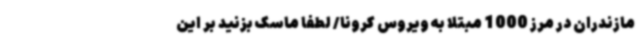
مازندران در مرز 1000 مبتلا به ویروس کرونا/ لطفا ماسک بزنید بر این